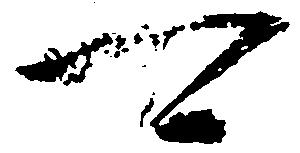
可